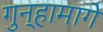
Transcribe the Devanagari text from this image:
गुन्हामागे